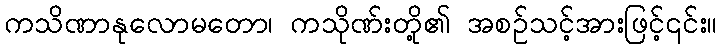
ကသိဏာနုလောမတော၊ ကသိုဏ်းတို့၏ အစဉ်သင့်အားဖြင့်၎င်း။